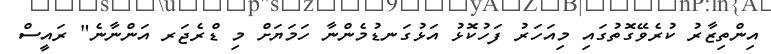
އިންތިޒާރު ކުރެވޭގޮތުގައި މިއަހަރު ފަހުކޮޅު އަޅުގަނޑުމެންނާ ހަމަޔަށް މި ޑްރެޖަރ އަންނާނެ" ރައީސް